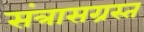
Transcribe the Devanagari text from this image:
संत्रासग्रस्त